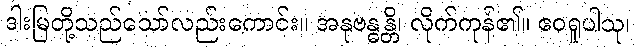
ဒါးမြတို့သည်သော်လည်းကောင်း။ အနုဗန္ဓန္တိ၊ လိုက်ကုန်၏။ ဧဝရူပါသု၊